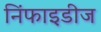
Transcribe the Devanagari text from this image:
निंफाइडीज